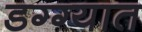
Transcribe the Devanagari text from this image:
डग्ग्यात